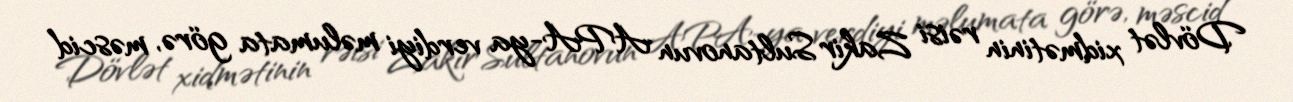
Dövlət xidmətinin rəisi Zakir Sultanovun APA-ya verdiyi məlumata görə, məscid